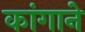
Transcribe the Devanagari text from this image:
कांगाने